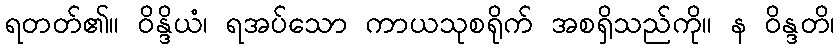
ရတတ်၏။ ဝိန္ဒိယံ၊ ရအပ်သော ကာယသုစရိုက် အစရှိသည်ကို။ န ဝိန္ဒတိ၊